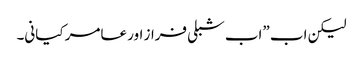
لیکن اب ”اب شبلی فراز اور عامر کیانی۔